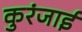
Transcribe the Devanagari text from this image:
कुरंजाई